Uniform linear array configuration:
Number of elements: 12
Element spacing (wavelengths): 0.5
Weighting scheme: kaiser
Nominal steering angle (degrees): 15
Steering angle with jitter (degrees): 16.144
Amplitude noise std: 0.05
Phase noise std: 0.05

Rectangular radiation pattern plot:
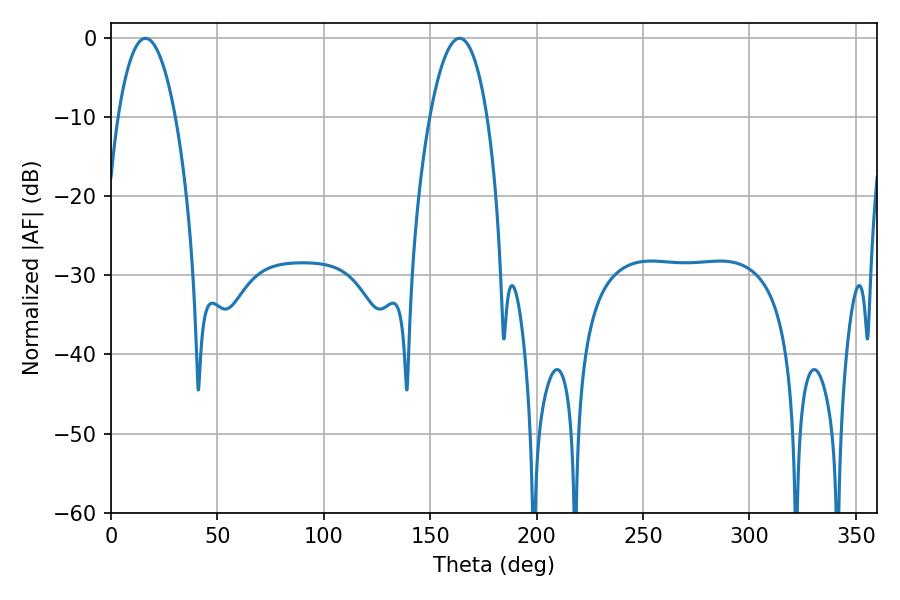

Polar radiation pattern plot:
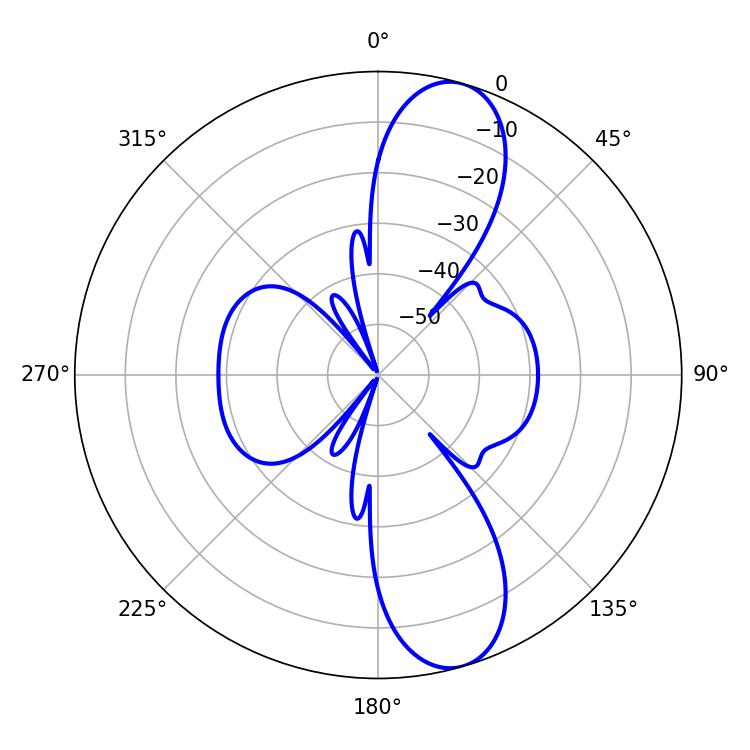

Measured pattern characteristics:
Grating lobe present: FALSE
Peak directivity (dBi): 11.044
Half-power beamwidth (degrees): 15.12
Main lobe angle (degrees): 163.8